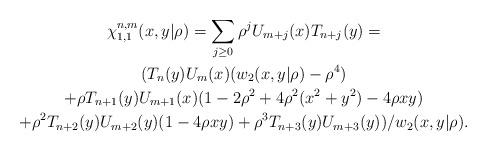
LaTeX: \begin{gather*}\chi_{1,1}^{n,m}(x,y|\rho)\allowbreak=\allowbreak\sum_{j\geq0}\rho^{j}U_{m+j}(x)T_{n+j}(y)\allowbreak=\\(T_{n}(y)U_{m}(x)(w_{2}(x,y|\rho)-\rho^{4})\\+\rho T_{n+1}(y)U_{m+1}(x)(1-2\rho^{2}+4\rho^{2}(x^{2}+y^{2})-4\rho xy)\\+\rho^{2}T_{n+2}(y)U_{m+2}(y)(1-4\rho xy)+\rho^{3}T_{n+3}(y)U_{m+3}(y))/w_{2}(x,y|\rho).\end{gather*}